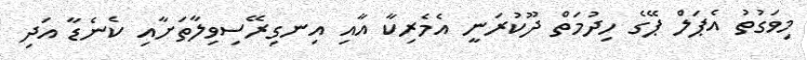
މިވަގުތު އެޕަލް ޕޭގެ ހިދުމަތް ދޫކުރަނީ އެމެރިކާ އާއި އިނގިރޭސިވިލާތަށާއި ކެނެޑާ އަދި